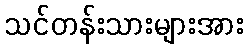
သင်တန်းသားများအား